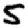
Digit: 5